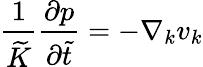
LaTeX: \frac{1}{\widetilde{K}}\frac{\partial p}{\partial\widetilde{t}}=-\nabla_{k}v_{k}